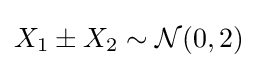
{\textstyle X_{1}\pm X_{2}\sim {\mathcal {N}}(0,2)}